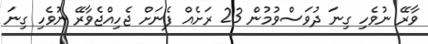
ވާރޭ ނުވެހި ގިނަ ދުވަސްވުމުން 23 ރަށެއް ފެނަށް ޖެހިއްޖެވާރޭ ނުވެހި ގިނަ